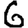
Digit: 6